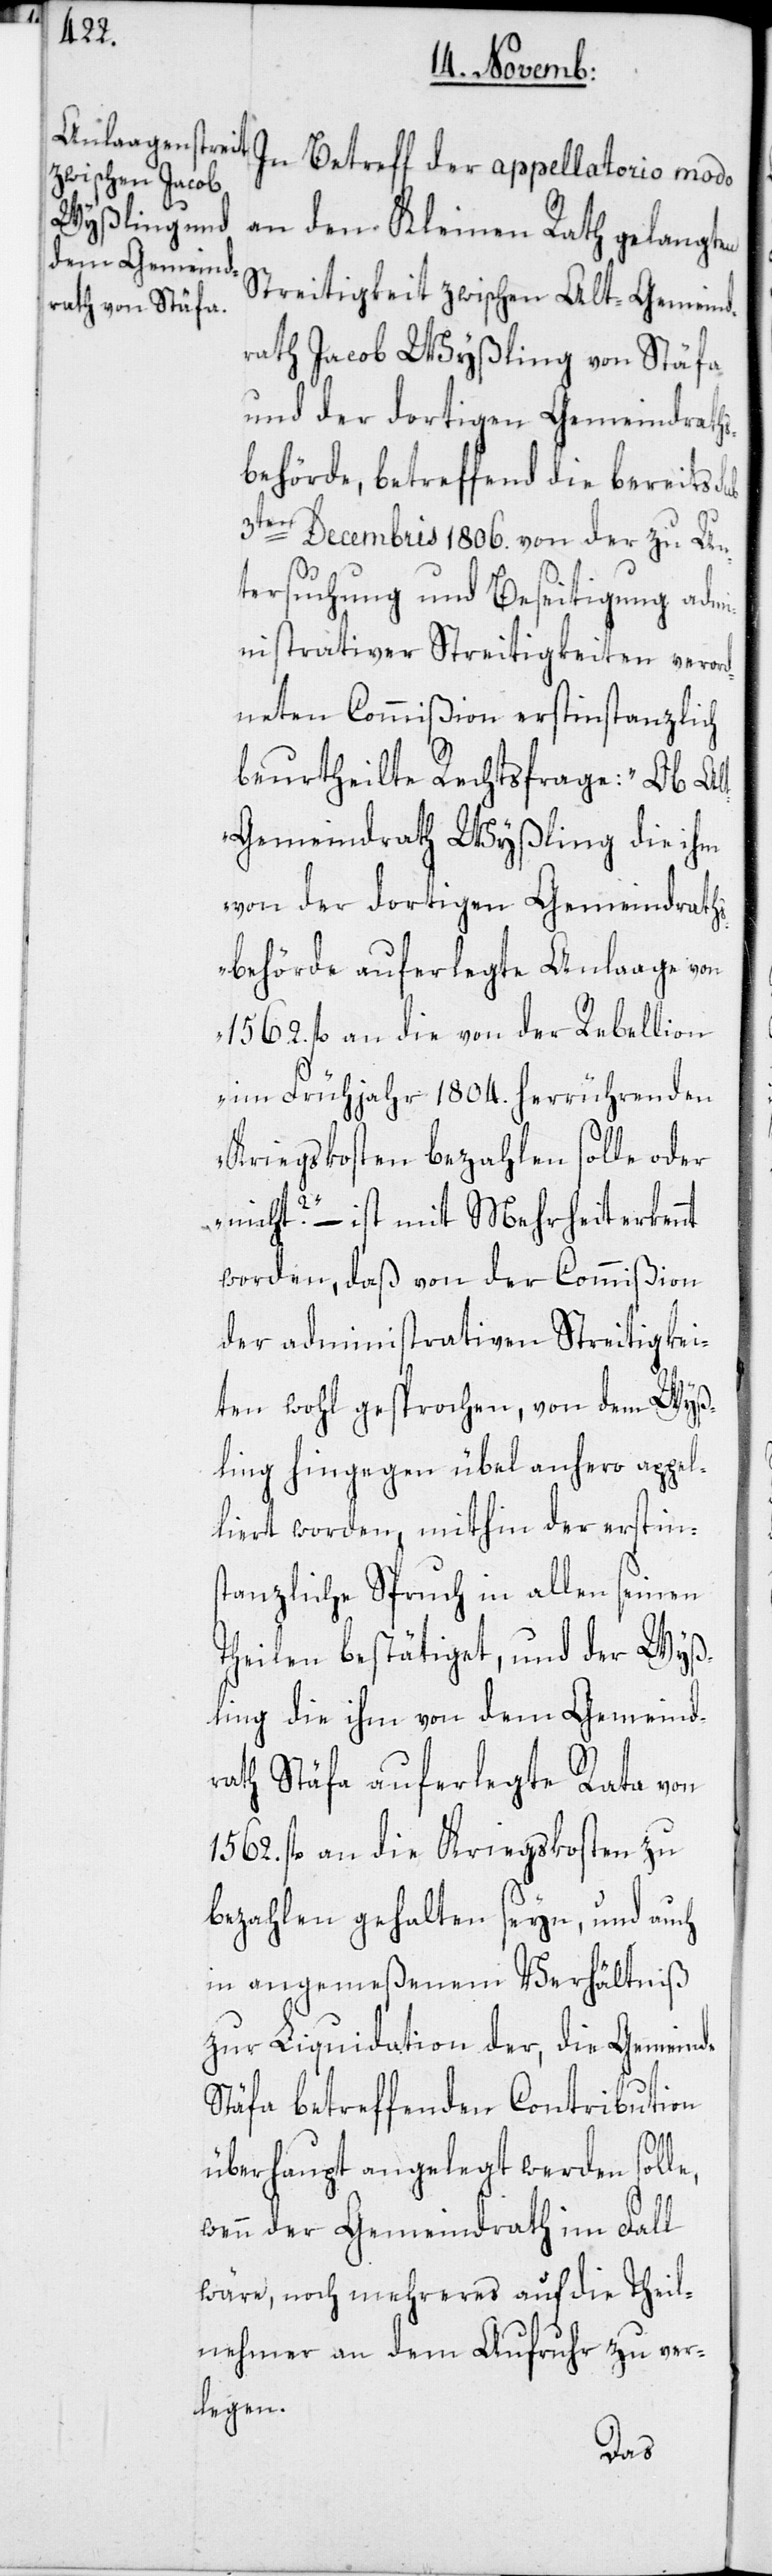
e,

In Betreff der appellatorio modo
an den Kleinen Rath gelangten
Streitigkeit zwischen Alt-Gemeind¬
rath Jacob Wyßling von Stäfa
und der dortigen Gemeindraths¬
behörde, betreffend die bereits
3ten Decembris 1806. von der zu Un¬
tersuchung und Beseitigung admi¬
nistrativer Streitigkeiten verord¬
neten Commißion erstinstanzlich
beurtheilte Rechtsfrage: „Ob Alt
Gemeindrath Wyßling die ihm
von der dortigen Gemeindrath¬
sbehörde auferlegte Anlaage von
1562. fl. an die von der Rebellion
im Frühjahr 1804. herrührenden
Kriegskosten bezahlen solle oder
nicht?“ – ist mit Mehrheit erkennt
worden, daß von der Commißion
der administrativen Streitigkei¬
ten wohl gesprochen, von dem Wyß¬
ling hingegen übel anhero appel¬
liert worden, mithin der erstins¬
tanzliche Spruch in allen seinen
Theilen bestätiget, und der Wyß¬
ling die ihm von dem Gemeind¬
rath Stäfa auferlegte Rata von
1562 fl. an die Kriegskosten zu
bezahlen gehalten seyn, und auch
in angemeßenem Verhältniß
zur Liquidation der, die Gemeinde
Stäfa betreffenden Contribution
überhaupt angelegt werden soll¬
wenn der Gemeindrath im Fall
wäre, noch mehreres auf die Theil¬
nehmer an dem Aufruhr zu ver¬
legen.